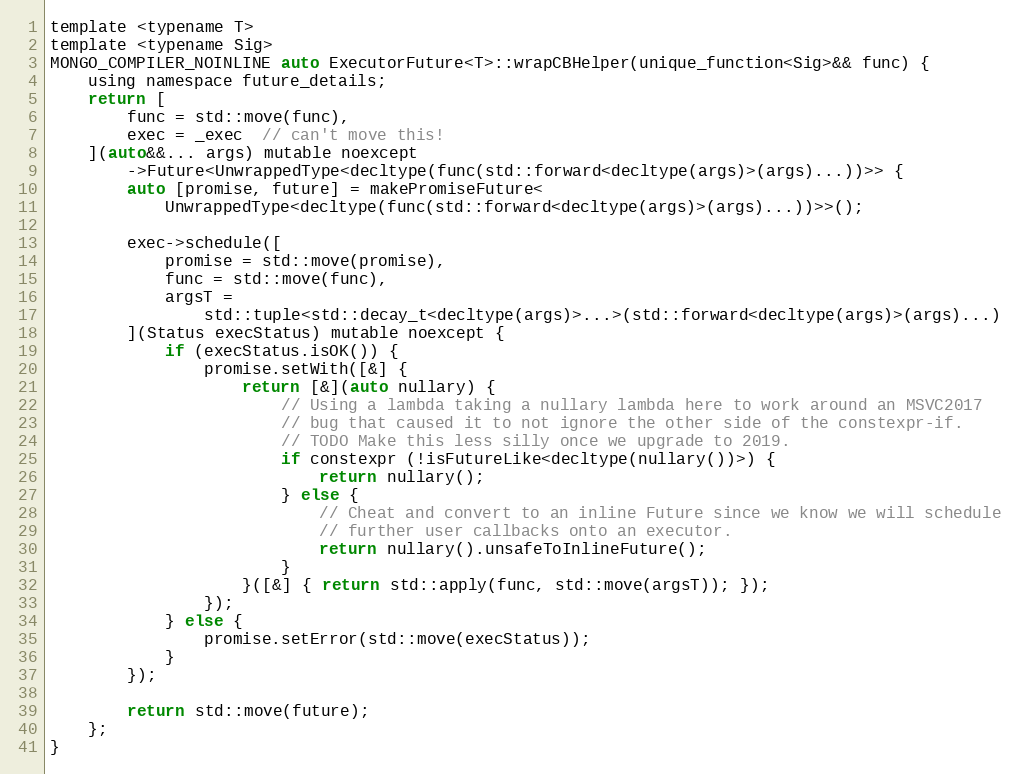
Language: C
template <typename T>
template <typename Sig>
MONGO_COMPILER_NOINLINE auto ExecutorFuture<T>::wrapCBHelper(unique_function<Sig>&& func) {
    using namespace future_details;
    return [
        func = std::move(func),
        exec = _exec  // can't move this!
    ](auto&&... args) mutable noexcept
        ->Future<UnwrappedType<decltype(func(std::forward<decltype(args)>(args)...))>> {
        auto [promise, future] = makePromiseFuture<
            UnwrappedType<decltype(func(std::forward<decltype(args)>(args)...))>>();

        exec->schedule([
            promise = std::move(promise),
            func = std::move(func),
            argsT =
                std::tuple<std::decay_t<decltype(args)>...>(std::forward<decltype(args)>(args)...)
        ](Status execStatus) mutable noexcept {
            if (execStatus.isOK()) {
                promise.setWith([&] {
                    return [&](auto nullary) {
                        // Using a lambda taking a nullary lambda here to work around an MSVC2017
                        // bug that caused it to not ignore the other side of the constexpr-if.
                        // TODO Make this less silly once we upgrade to 2019.
                        if constexpr (!isFutureLike<decltype(nullary())>) {
                            return nullary();
                        } else {
                            // Cheat and convert to an inline Future since we know we will schedule
                            // further user callbacks onto an executor.
                            return nullary().unsafeToInlineFuture();
                        }
                    }([&] { return std::apply(func, std::move(argsT)); });
                });
            } else {
                promise.setError(std::move(execStatus));
            }
        });

        return std::move(future);
    };
}